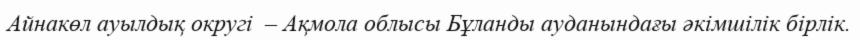
Айнакөл ауылдық округі  – Ақмола облысы Бұланды ауданындағы әкімшілік бірлік.